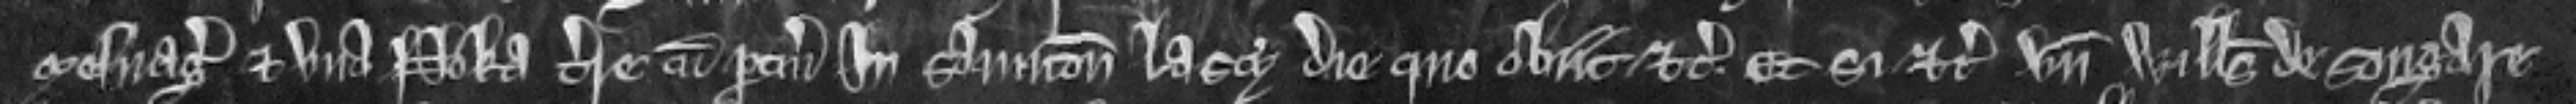
mesuagio et una noka terre cum pertinenciis in Staunton Lascy die quo obiit etc. et si etc. Unde Willelmus de Songare